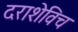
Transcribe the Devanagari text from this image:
दराशेविच